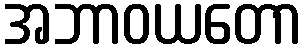
အဘာဝယတော